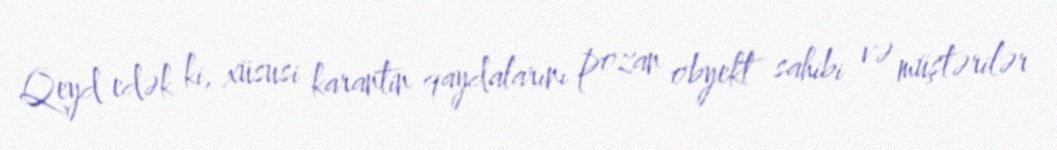
Qeyd edək ki, xüsusi karantin qaydalarını pozan obyekt sahibi və müştərilər